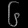
Digit: ၆